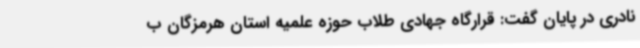
نادری در پایان گفت: قرارگاه جهادی طلاب حوزه علمیه استان هرمزگان ب